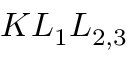
K L _ { 1 } L _ { 2 , 3 }